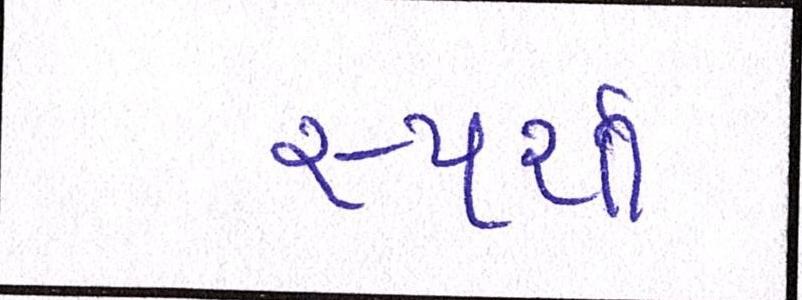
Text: સ્પર્શી